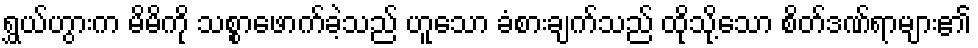
ရွှယ်ဟွားက မိမိကို သစ္စာဖောက်ခဲ့သည် ဟူသော ခံစားချက်သည် ထိုသို့သော စိတ်ဒဏ်ရာများ၏